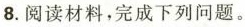
8.阅读材料，完成下列问题。